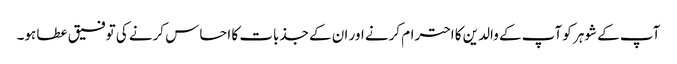
آپ کے شوہر کو آپ کے والدین کا احترام کرنے اور ان کے جذبات کا احساس کرنے کی توفیق عطا ہو۔